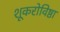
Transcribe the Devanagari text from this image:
शूकरोविष्ठा